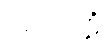
ဥရတ္တာဠိံ